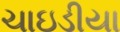
ચાઇડીયા